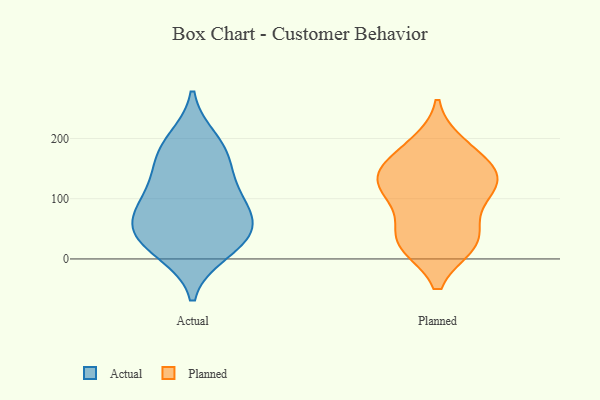
{"axis": {"x": "Bounce Rate (%)", "y": "Value"}, "legend": ["Actual", "Planned"], "data": [{"x": "", "y": 95, "type": "Actual"}, {"x": "", "y": 22, "type": "Actual"}, {"x": "", "y": 100, "type": "Actual"}, {"x": "", "y": 180, "type": "Actual"}, {"x": "", "y": 44, "type": "Actual"}, {"x": "", "y": 12, "type": "Actual"}, {"x": "", "y": 61, "type": "Actual"}, {"x": "", "y": 40, "type": "Actual"}, {"x": "", "y": 69, "type": "Actual"}, {"x": "", "y": 132, "type": "Actual"}, {"x": "", "y": 163, "type": "Actual"}, {"x": "", "y": 197, "type": "Actual"}, {"x": "", "y": 25, "type": "Planned"}, {"x": "", "y": 178, "type": "Planned"}, {"x": "", "y": 78, "type": "Planned"}, {"x": "", "y": 124, "type": "Planned"}, {"x": "", "y": 155, "type": "Planned"}, {"x": "", "y": 114, "type": "Planned"}, {"x": "", "y": 189, "type": "Planned"}, {"x": "", "y": 27, "type": "Planned"}, {"x": "", "y": 26, "type": "Planned"}, {"x": "", "y": 121, "type": "Planned"}, {"x": "", "y": 136, "type": "Planned"}, {"x": "", "y": 35, "type": "Planned"}, {"x": "", "y": 134, "type": "Planned"}]}